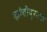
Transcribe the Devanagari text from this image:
कांचीपुरमची